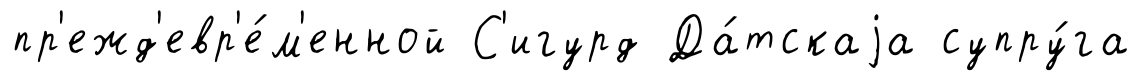
пр'ежд'евр'е́м'енной С'игурд Да́тскаjа супру́га